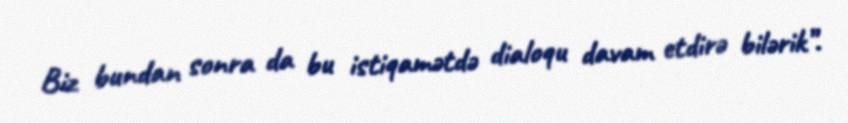
Biz bundan sonra da bu istiqamətdə dialoqu davam etdirə bilərik”.